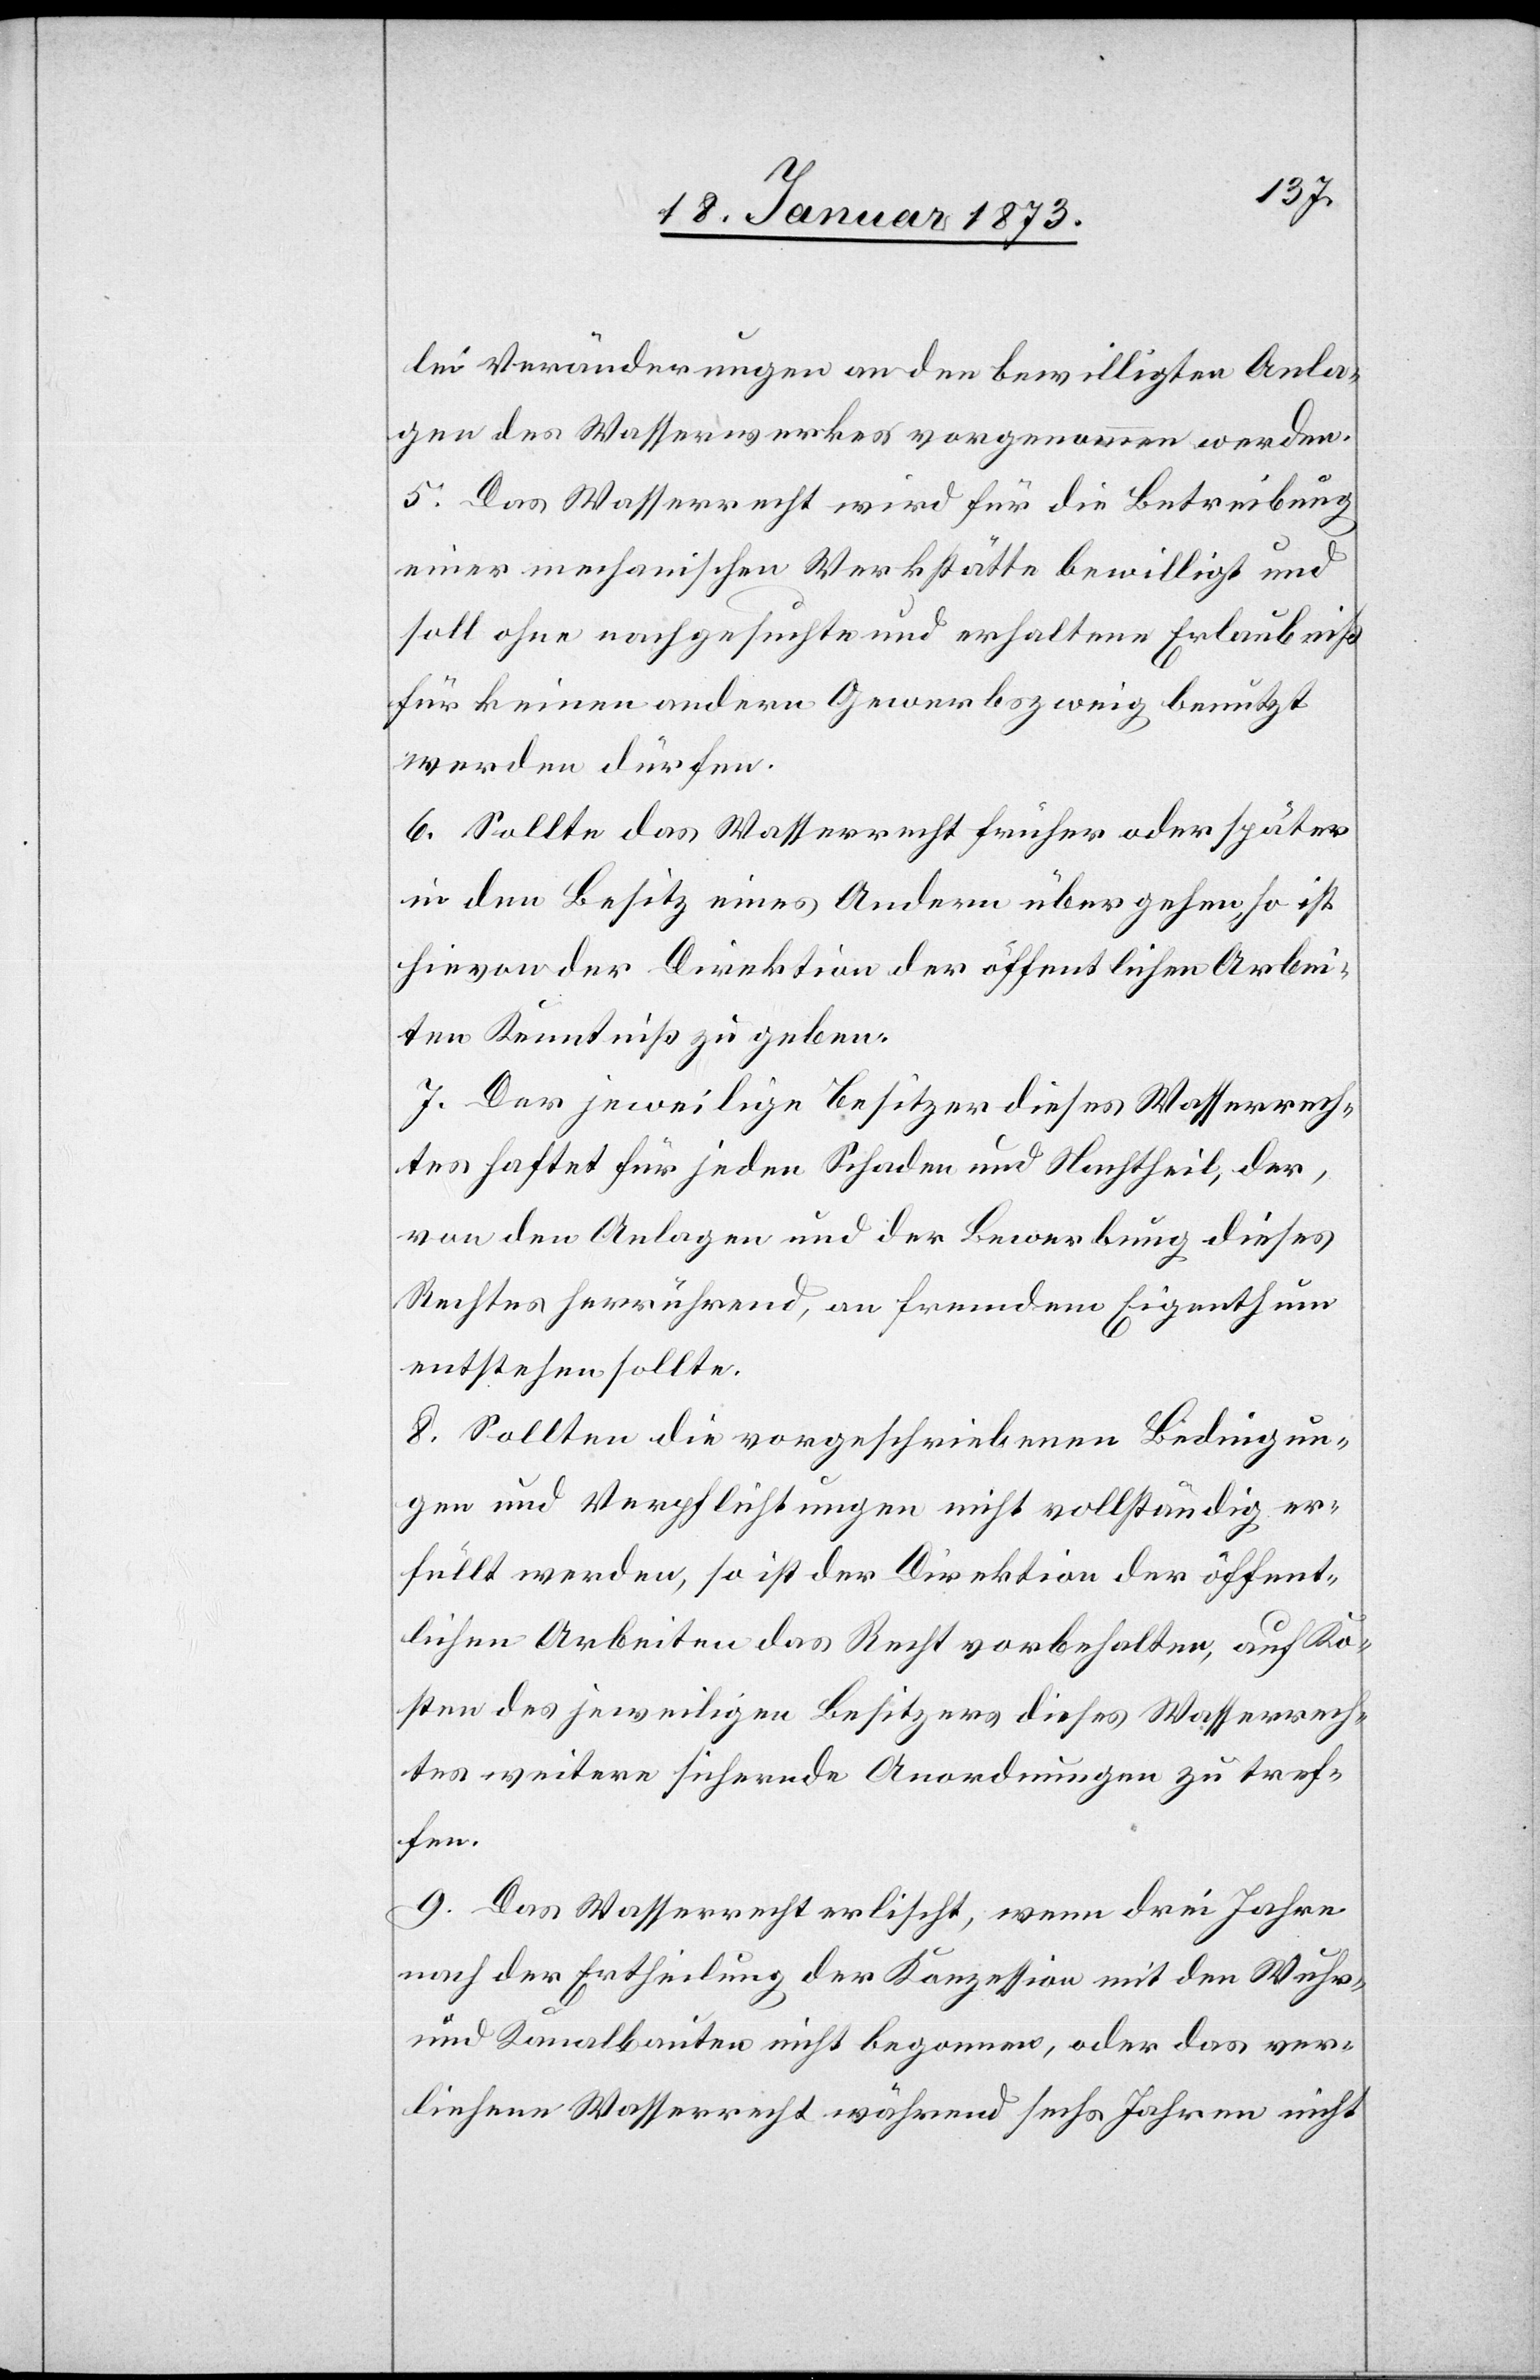
lei Veränderungen an den bewilligten Anla¬
gen des Wasserwerkes vorgenommen werden.
5. Das Wasserrecht wird für die Betreibung
einer mechanischen Werkstätte bewilligt und
soll ohne nachgesuchte und erhaltene Erlaubniß
für keinen andern Gewerbszweig benutzt
werden dürfen.
6. Sollte das Wasserrecht früher oder später
in den Besitz eines Andern übergehen, so ist
hievon der Direktion der öffentlichen Arbei¬
ten Kenntniß zu geben.
7. Der jeweilige Besitzer dieses Wasserrech¬
tes haftet für jeden Schaden und Nachtheil, der,
von den Anlagen und der Bewerbung dieses
Rechtes herrührend, an fremdem Eigenthum
entstehen sollte.
8. Sollten die vorgeschriebenen Bedingun¬
gen und Verpflichtungen nicht vollständig er¬
füllt werden, so ist der Direktion der öffent¬
lichen Arbeiten das Recht vorbehalten, auf Ko¬
sten des jeweiligen Besitzers dieses Wasserrech¬
tes weitere sichernde Anordnungen zu tref¬
fen.
9. Das Wasserrecht erlischt, wenn drei Jahre
nach der Ertheilung der Konzession mit den Wuhr-
und Kanalbauten nicht begonnen, oder das ver¬
liehene Wasserrecht während sechs Jahren nicht